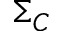
\Sigma _ { C }